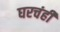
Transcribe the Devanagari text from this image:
घरचंही